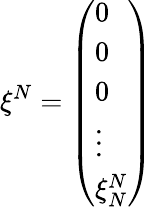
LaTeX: {{\mathbf{\xi}}^{N}}=\left(\begin{array}{l}{0}\\ {0}\\ {0}\\ {\vdots}\\ {\xi_{N}^{N}}\end{array}\right)